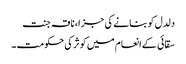
دلدل کو بنانے کی جزا، ناقہ جنت
سقائی کے انعام میں کوثر کی حکومت ۔